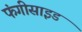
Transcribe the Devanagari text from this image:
फंगीसाइड